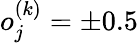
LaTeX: o_{j}^{(k)}=\pm 0.5